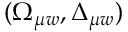
( \Omega _ { \mu w } , \Delta _ { \mu w } )